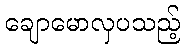
ချောမောလှပသည့်